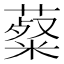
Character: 薒